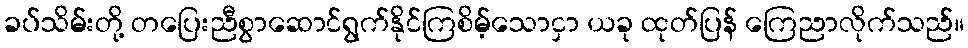
ခပ်သိမ်းတို့ တပြေးညီစွာဆောင်ရွက်နိုင်ကြစိမ့်သောငှာ ယခု ထုတ်ပြန် ကြေညာလိုက်သည်။